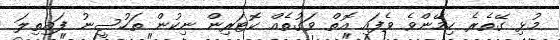
މުޅި ގޭތެރެ ހިމޭންވެ ވެފައި އޮތް ވަގުތެއް ކޮޓަރިން ނިކުން ތަހުސީނު ފައިތިލަ